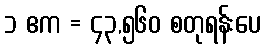
၁ ဧက = ၄၃,၅၆၀ စတုရန်းပေ